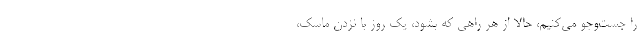
را جست‌وجو می‌کنیم، حالا از هر راهی که بشود، یک روز با نزدن ماسک،